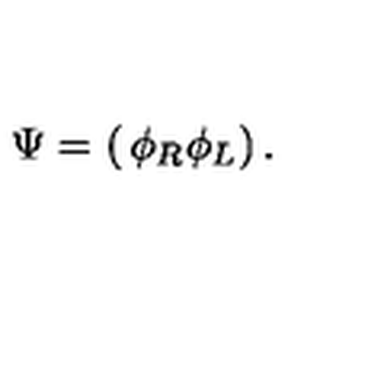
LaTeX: \Psi = \left( \begin{matrix} { \phi _ { R } } \\ { \phi _ { L } } \\ \end{matrix} \right) .